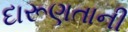
દારૂણતાની